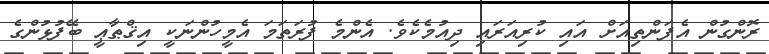
ރޮންގުން އެފަންތިއަށް އައި ކުރިއަރައި ދިއުމެކެވެ. އެންމެ ފުރަތަމަ އެމީހުންނަކީ އިޤްޠާޢީ ބޭފުޅުންގެ